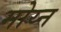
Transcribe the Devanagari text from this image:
मोय्न